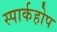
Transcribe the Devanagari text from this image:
स्पार्कहोप